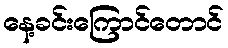
နေ့ခင်းကြောင်တောင်